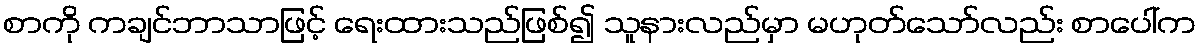
စာကို ကချင်ဘာသာဖြင့် ရေးထားသည်ဖြစ်၍ သူနားလည်မှာ မဟုတ်သော်လည်း စာပေါ်က